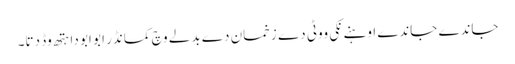
جاندے جاندے اوہنے نکی ووٹی دے زخمان دے بدلے وچ کمانڈر ابو ابو دا ہتھ وڈ دتا۔